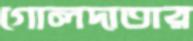
গোলদাতার